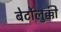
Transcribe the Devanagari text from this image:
बेर्टोलुक्की